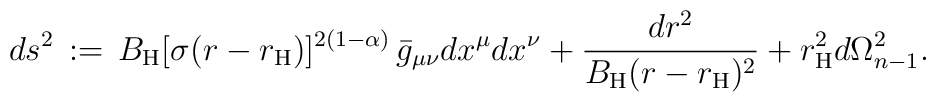
ds^2\, :=\, B_{\rm H}[\sigma(r-r_{\rm H})]^{2(1-\alpha)}\, \bar{g}_{\mu\nu}dx^\mu dx^\nu+            \frac{dr^2}{B_{\rm H}(r-r_{\rm H})^2}+r_{\rm H}^2 d\Omega_{n-1}^2.